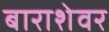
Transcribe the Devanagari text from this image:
बाराशेवर